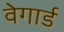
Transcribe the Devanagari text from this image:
वेगार्ड